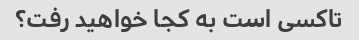
تاکسی است به کجا خواهید رفت؟